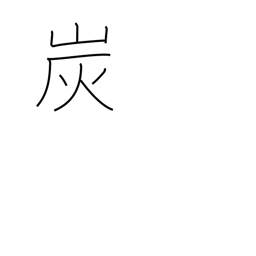
Meaning: charcoal